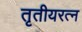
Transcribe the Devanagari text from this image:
तृतीयरत्‍न